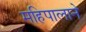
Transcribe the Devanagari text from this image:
महिपालाने